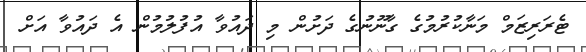
ޓެރަރިޒަމް މަނާކުރުމުގެ ގާނޫނުގެ ދަށުން މި ދައުވާ އުފުލުމުން އެ ދައުވާ އަށް